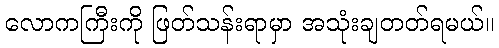
လောကကြီးကို ဖြတ်သန်းရာမှာ အသုံးချတတ်ရမယ်။